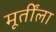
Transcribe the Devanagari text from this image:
मूर्तींला